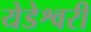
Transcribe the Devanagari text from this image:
येडेश्वरी